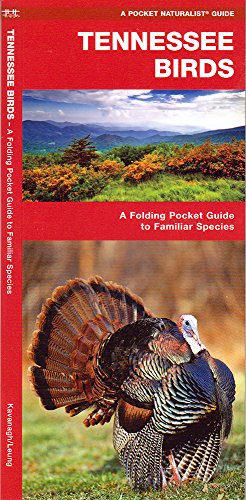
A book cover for Tennessee Birds: A Folding Pocket Guide to Familiar Species (Pocket Naturalist Guide Series); James Kavanagh; Travel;